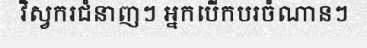
វិស្វករជំនាញៗ អ្នកបើកបរចំណានៗ